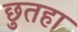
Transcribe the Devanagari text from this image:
छुतहा